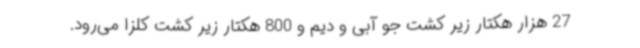
27 هزار هکتار زیر کشت جو آبی و دیم و 800 هکتار زیر کشت کلزا می‌رود.